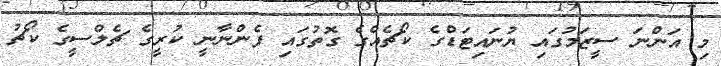
މި އަންނަ ސީޒަމުގައި ޔުނައިޓަޑްގެ ކޯޗެއްގެ ގޮތުގައި ފެންނާނީ ކުރީގެ ޗެލްސީގެ ކޯޗު